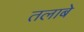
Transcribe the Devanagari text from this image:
तलाबे